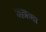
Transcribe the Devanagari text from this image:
गनणा